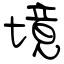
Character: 境